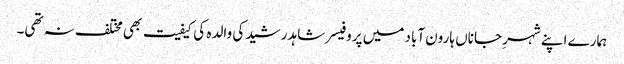
ہمارے اپنے شہرِ جاناں ہارون آباد میں پروفیسر شاہد رشید کی والدہ کی کیفیت بھی مختلف نہ تھی۔